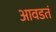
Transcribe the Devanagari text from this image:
आवडतं